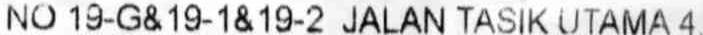
NO 19-G& 19-1 & 19-2 JALAN TASIK UTAMA 4,